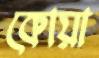
কোয়া